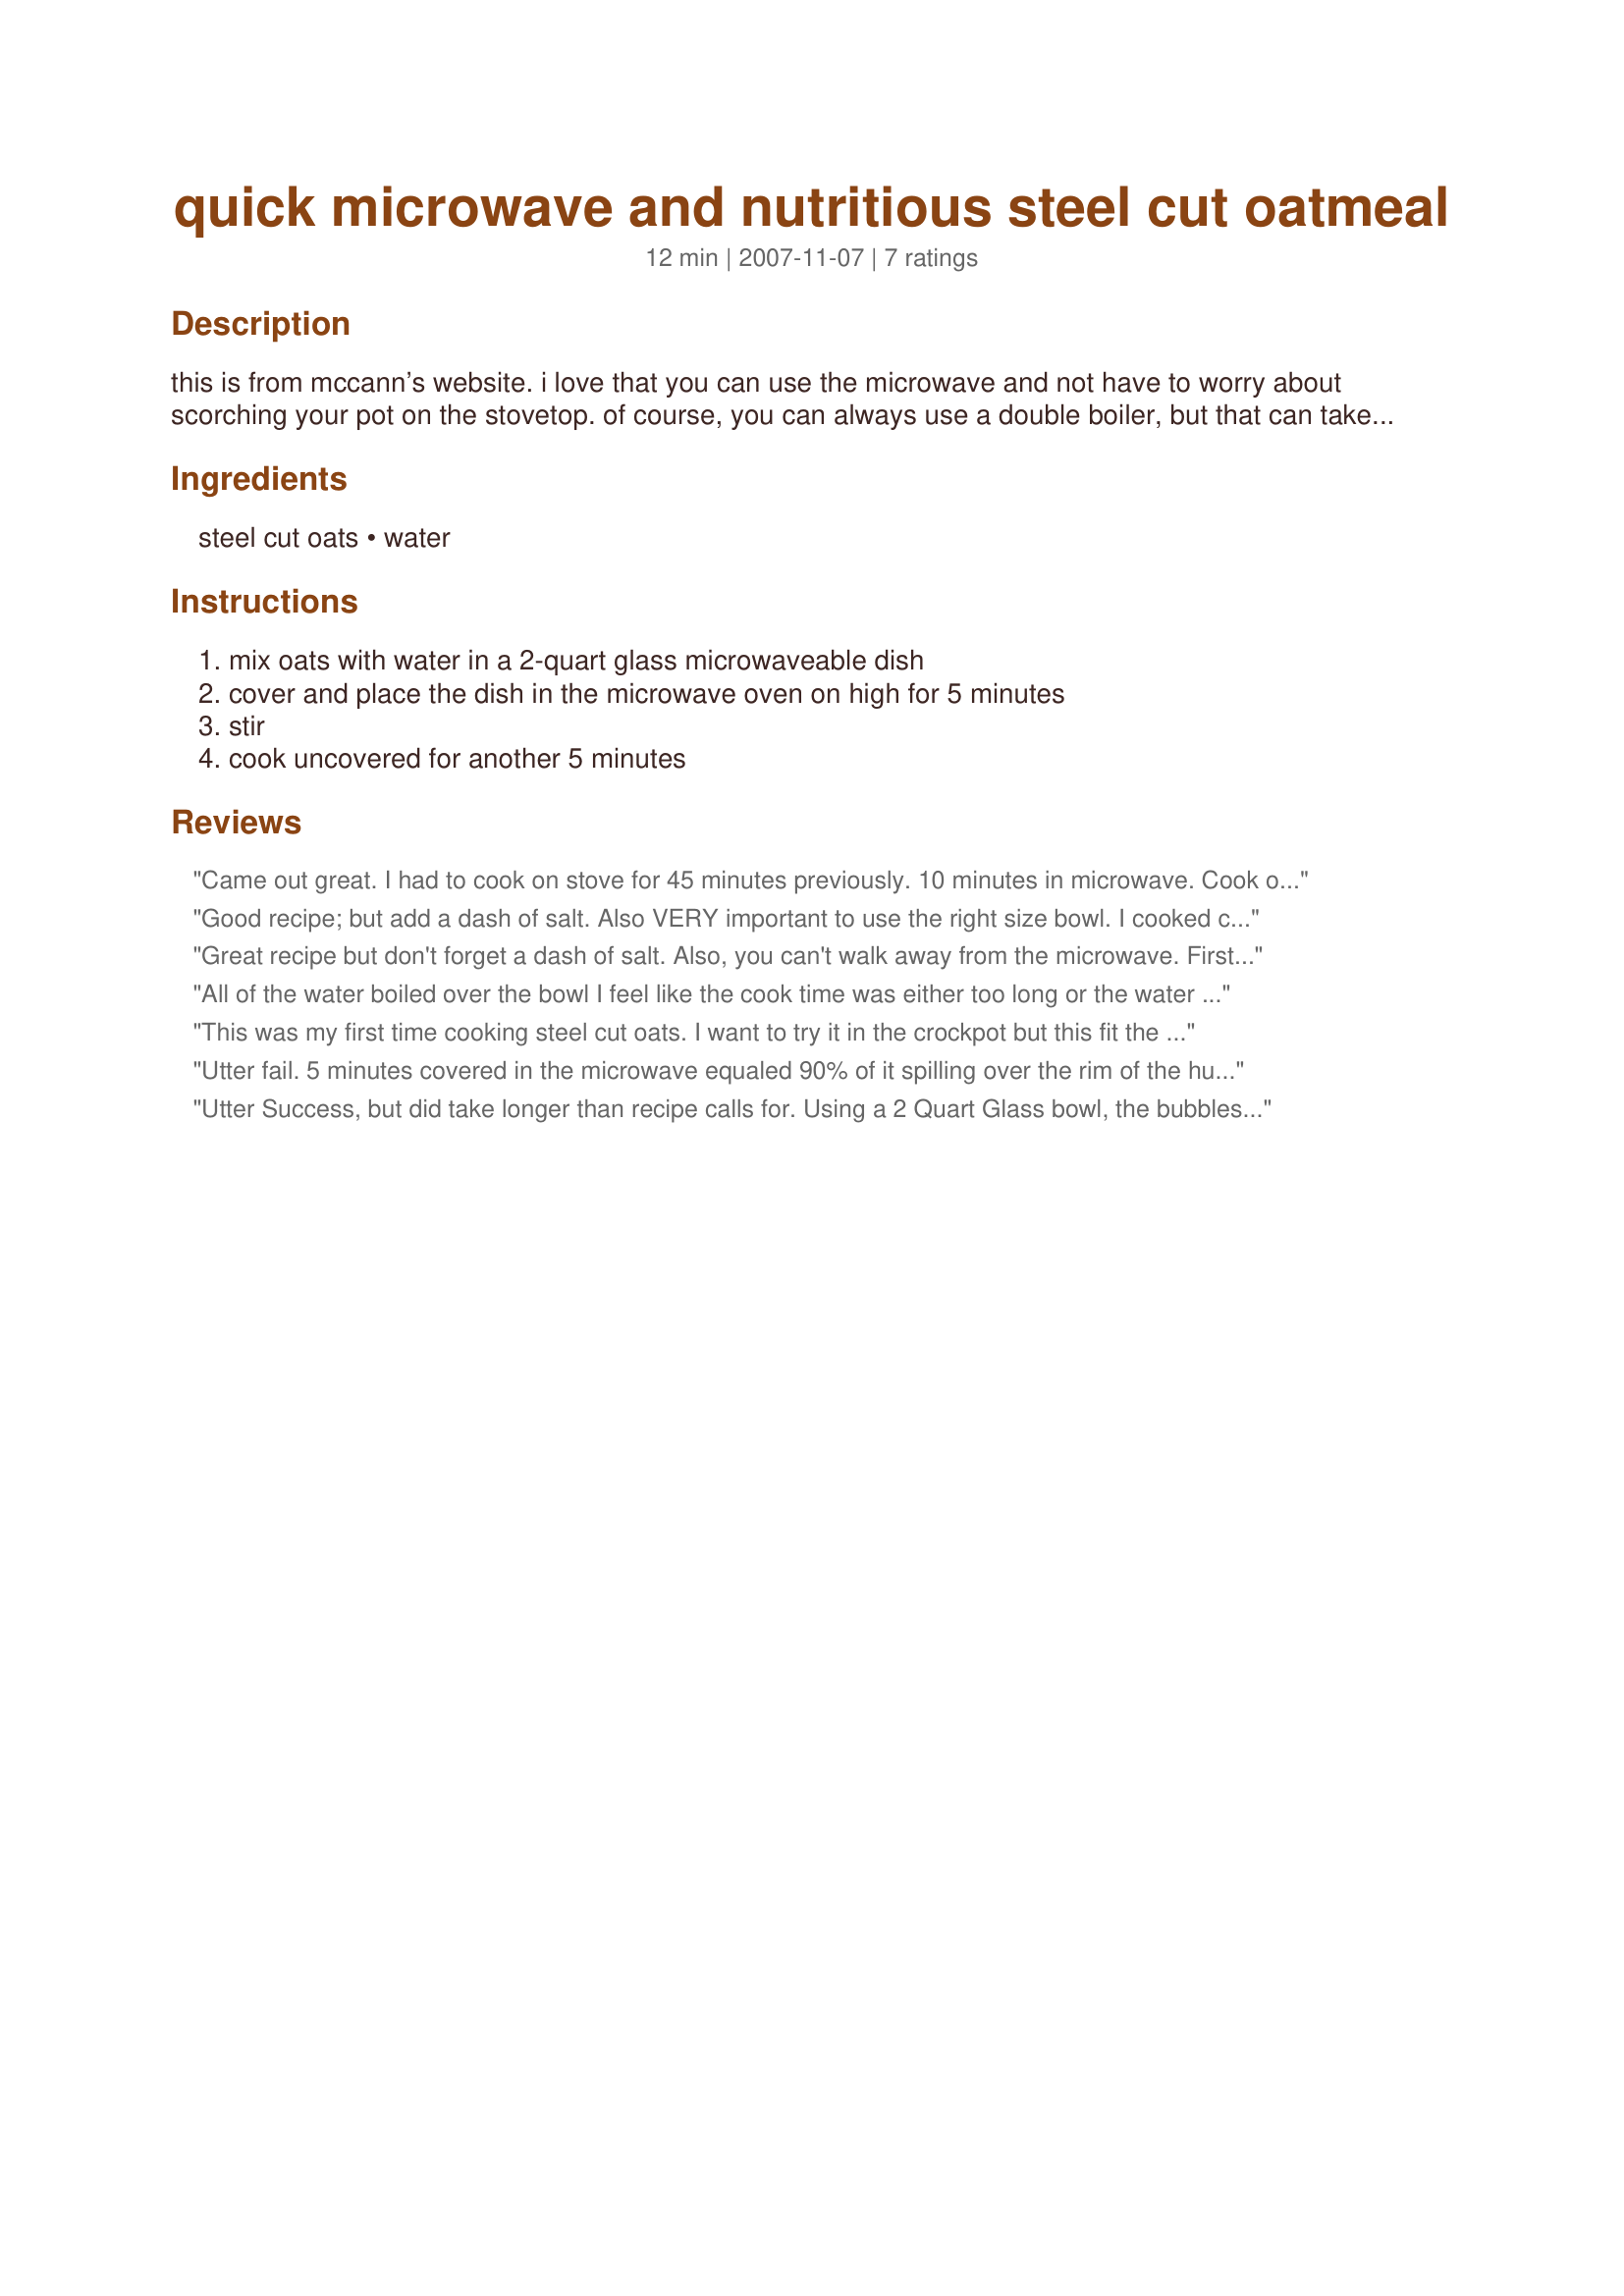
quick microwave and nutritious steel cut oatmeal
Preparation time: 12 minutes

this is from mccann’s website. i love that you can use the microwave and not have to worry about scorching your pot on the stovetop. of course, you can always use a double boiler, but that can take a while. i always enjoy steel cut oats because they are more nutritious than rolled oats and have a nice, nutty texture. note: cooking times may have to be adjusted for your microwave oven wattage. i have 1000 watts and had to cook 5 minutes covered and 11 minutes uncovered.

Ingredients:
steel cut oats, water

Steps:
mix oats with water in a 2-quart glass microwaveable dish, cover and place the dish in the microwave oven on high for 5 minutes, stir, cook uncovered for another 5 minutes

Reviews:
Came out great. I had to cook on stove for 45 minutes previously. 10 minutes in microwave. Cook on a plate it will not boil over
Good recipe; but add a dash of salt. Also VERY important to use the right size bowl. I cooked covered for 4 mins on full power, then cooked 6 mins on 50% powder at 2mins at a time, stirring in between ea 2mins. Then cooked for another 6 mins at 60% power at 2mins at a time, stirring in between ea 2min. TOTALLY worth the effort - came out perfect consistency and good quantity for 2 people.
Great recipe but don't forget a dash of salt. Also, you can't walk away from the microwave. First 5 minutes: 70%. Stop and stir. Next 5 minutes: 30-40%. Stop and stir half way through. Add milk and spices after.
All of the water boiled over the bowl I feel like the cook time was either too long or the water ratio is too much... steel cut oats are overrated anyways and there’s no quick way to cook them .
This was my first time cooking steel cut oats. I want to try it in the crockpot but this fit the bill for an unexpected batch for breakfast. I cooked covered for 5 minutes and uncovered for 12 minutes and it was probably firmer than it should have been but we both like it that way. Thanks!
Utter fail. 5 minutes covered in the microwave equaled 90% of it spilling over the rim of the huge bowl I had it in. I must have a mighty-powerful microwave. You might want to try fewer minutes at first, and watch it closely!
Utter Success, but did take longer than recipe calls for. Using a 2 Quart Glass bowl, the bubbles got only as close as 1&quot; to the top, so it never boiled over in my 1000watt micro. I zapped them for 5 minutes covered, but after 5 minutes uncovered there still was a lot of water left. So it took a total of 8:30 minutes uncovered, after cooking for 5 minutes covered for the oatmeal to come out JUST RIGHT (i like them thickish). Beats 50 minutes on the stove top!! Thank for you for recipe!
